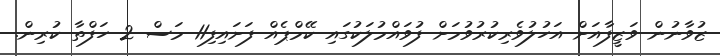
ޒުވާނުން ވަޒީފާއަށް އަހުލުވެރިކުރުވުމަށް ފުވައްމުލަކުގައި ކޭމްޕެއް ފަށައިފި11 މަސް 2 ހަފްތާ ކުރިން.